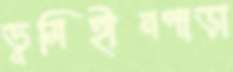
ভূমিহীনপাড়া